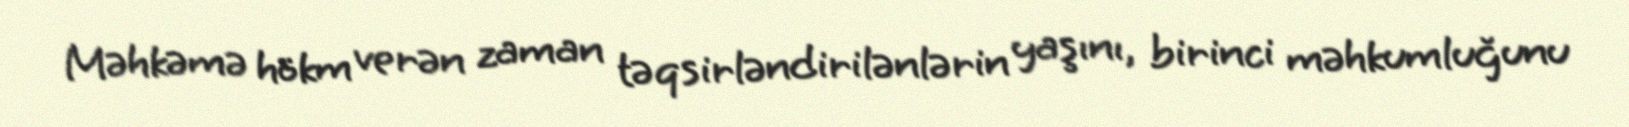
Məhkəmə hökm verən zaman təqsirləndirilənlərin yaşını, birinci məhkumluğunu